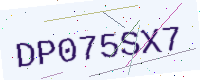
Text: DP075SX7